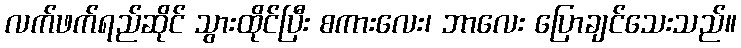
လက်ဖက်ရည်ဆိုင် သွားထိုင်ပြီး စကားလေး၊ ဘာလေး ပြောချင်သေးသည်။